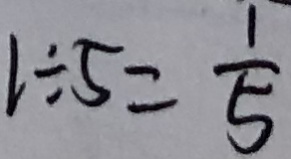
1 \div 5 = \frac { 1 } { 5 }